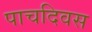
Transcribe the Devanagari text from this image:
पाचदिवस